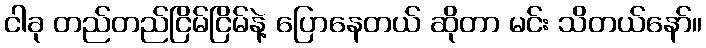
ငါခု တည်တည်ငြိမ်ငြိမ်နဲ့ ပြောနေတယ် ဆိုတာ မင်း သိတယ်နော်။